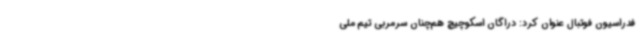
فدراسیون فوتبال عنوان کرد: دراگان اسکوچیچ هم‌چنان سرمربی تیم‌ ملی